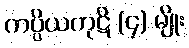
ကပ္ပိယကုဋိ (၄) မျိုး